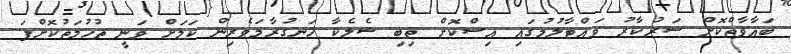
ބަޣާވާތްކޮށް ސަރުކާރު ވައްޓާލުމުގައި އިސްކޮށް ތިބި ސެލެކާ ހަނގުރާމަވެރިން ކަމަށް ވަނީ ތުހުމަތުކޮށްފަ